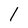
Character: 1